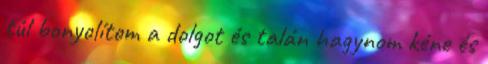
túl bonyolítom a dolgot és talán hagynom kéne és